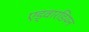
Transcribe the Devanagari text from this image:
एड्वारडियन